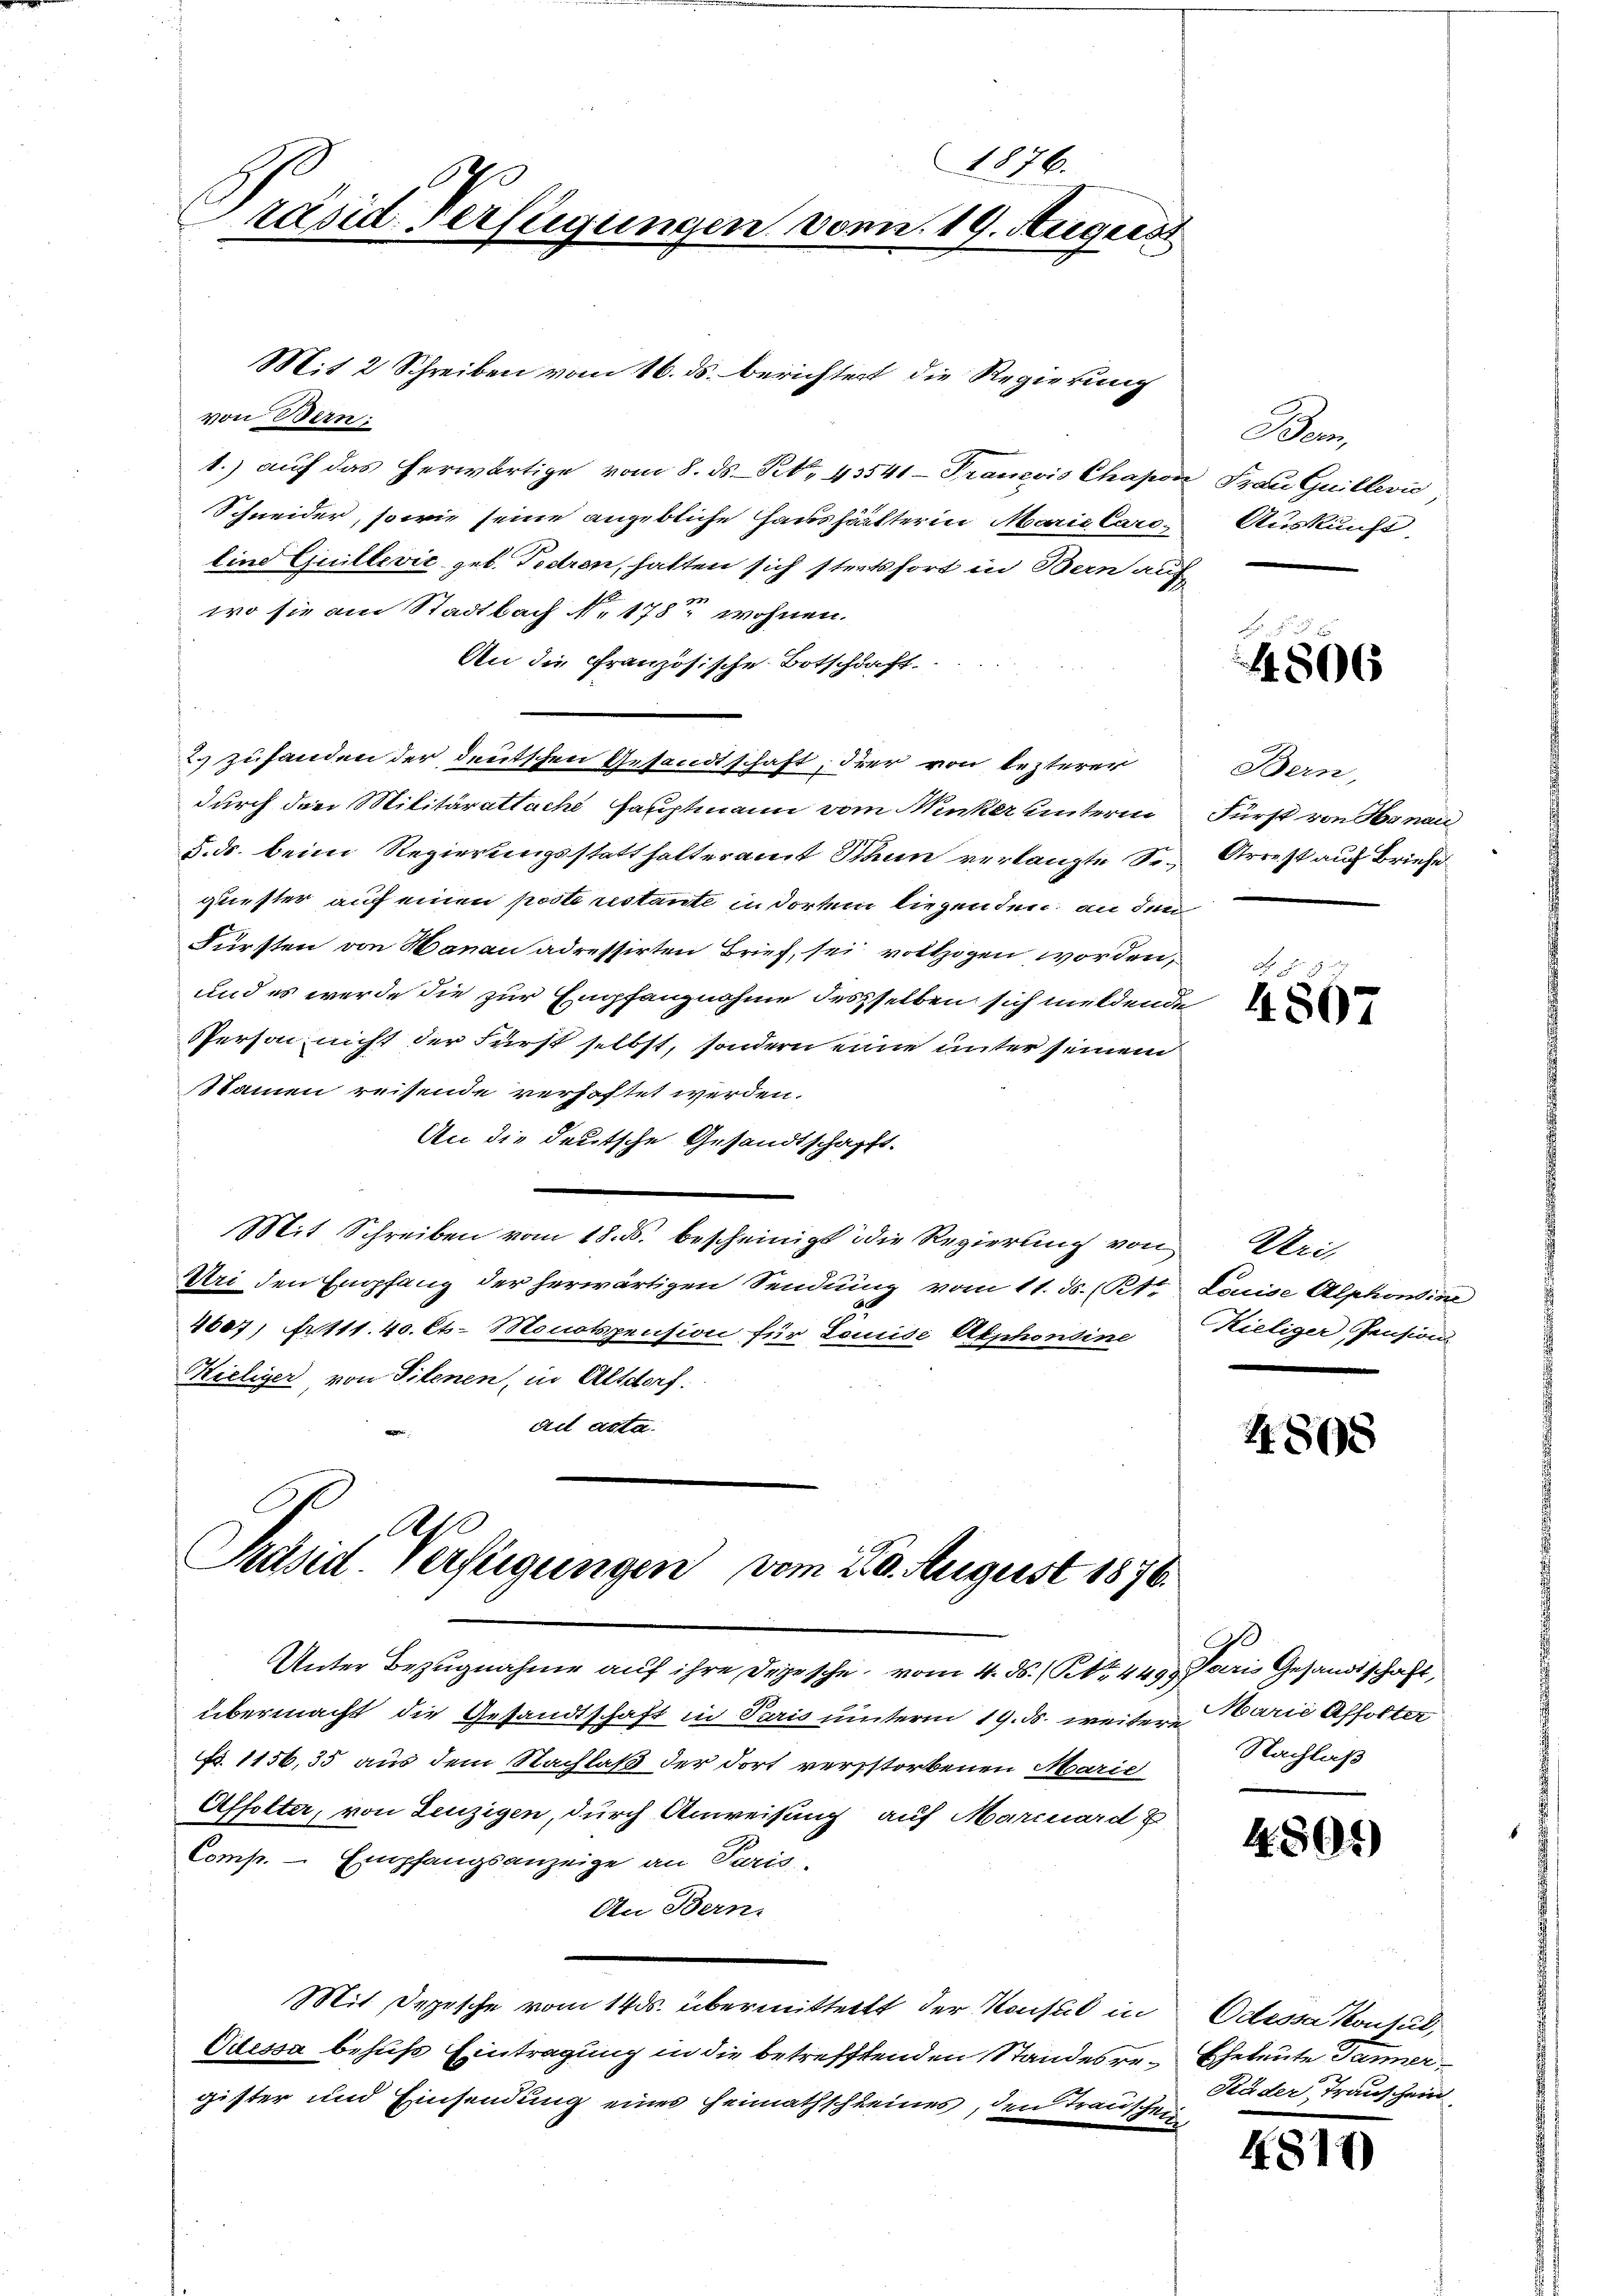
1876.
räsid. Verfügungen von 19. August

Mit 2 Schreiben vom 16. ds. berichtert, die Regierung
von Bern:
1.) auf das herwärtige vom 8. ds. S. 43541-Franzvis Chapon Frau Guillević
Schneider, sowie seine angebliche Haushälterin Marie Cariline Guillević geb. Tedren, hatten sich stetsfort in Bern auf
wo sie am Stadtbach No. 178 wohnen.
An die Französische Botschaft
2. zufanden der deutschen Gesandtschaft, der von lezteren
durch die Militärattach Hauptmann vom Munker unterm
5. ds. beim Regierungsstatthalteramt Mann verlangte Sequester auf einen poste restante in dorten liegenden, an dem
Fürsten von Hanau adressirten Brief, sei vollzogen worden,
und es werde die zur Empfangnahme desselben sich mildende
PPerson nicht der Fürst selbst, sondern eine unter seinem
Namen reisende verhaftet werden.
An die deutsche Gesandtschafft.
Mit Schreiben vom 18. ds. bescheinigt die Regierung von Uri
Uri den Empfang der herwärtigen Sendung vom 11. ds. (Kt. Louise Alphonine
2607, ittt. 40. Ct. Monospension für Louise Abschondine
Hieliger, von Silenen, in Altdorf.
ad acta.

Ah
Präsid. Verfügungen vom 20. August 1876.

Unter Bezugnahme auf ihre Depesche, vom 4. ds. (NNo. 449. Paris Gesandtschaft,
übermacht die Gesandtschaft in Paris unterm 19. ds. weiter Marie Affolter
p. 1156, 35 aus dem Nachlaß der dort verstorbenen Marie
Affolter, von Leuzigen, durch Anweisung auf Marcuard z
Comp. - Empfangsanzeige an Paris
An Bern.
Mit Depesche vom 14. ds. übermitteilt der Konsul in
Odessa behufs Eintragung in die betrefftenden Standesregister und Einsendung eines Heimathschleines, den Trauschein

Bern,
Auskunft.

E
4806

Bern,
Fürst von Hynau
Arrest auch Briefe

f 9 x
4807

Kieliger Pension

4. 865

Nachlaß

4. 891)

Odessa Kontal,
Eheleute Tanner
Räder, Trauschein

4817)